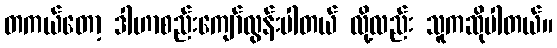
တကယ်တော့ ဒါဟာစည်းကျော်လွန်းပါတယ် လို့လည်း သူကဆိုပါတယ်။